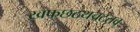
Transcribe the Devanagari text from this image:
खफछठथचटतव्